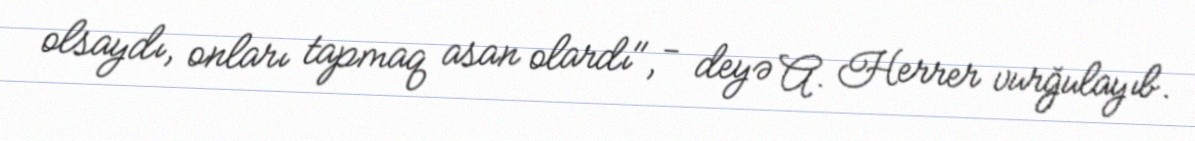
olsaydı, onları tapmaq asan olardı", - deyə A. Herrer vurğulayıb.